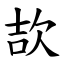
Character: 欯